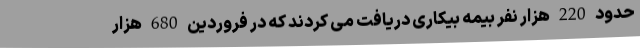
حدود 220 هزار نفر بیمه بیکاری دریافت می کردند که در فروردین 680 هزار